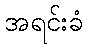
အရင်းခံ